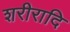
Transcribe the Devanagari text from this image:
शरीरादि